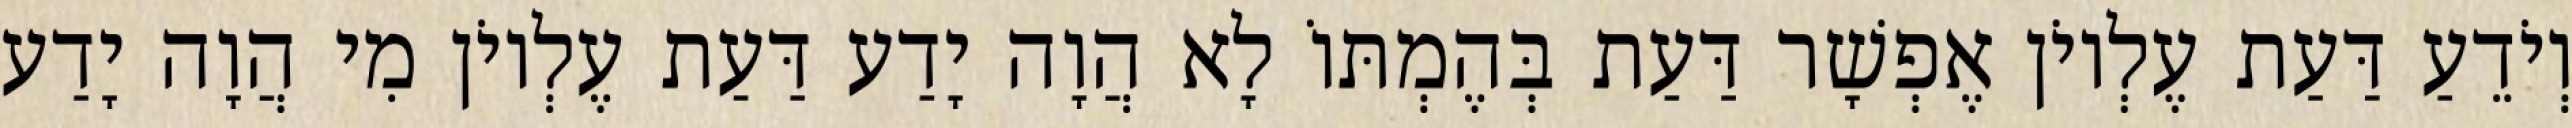
וְיֹדֵעַ דַּעַת עֶלְיוֹן אֶפְשָׁר דַּעַת בְּהֶמְתּוֹ לָא הֲוָה יָדַע דַּעַת עֶלְיוֹן מִי הֲוָה יָדַע